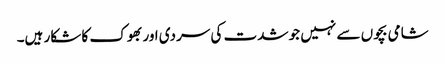
شامی بچوں سے نہیں جو شدت کی سردی اور بھوک کا شکار ہیں۔